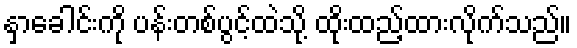
နှာခေါင်းကို ပန်းတစ်ပွင့်ထဲသို့ ထိုးထည့်ထားလိုက်သည်။